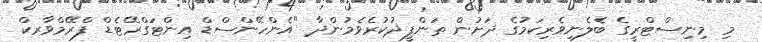
މި މިނިސްޓްރީގެ ބެލެނިވެރިކަމުގެ ދަށުން ތަންފީޛުކުރެވެމުންދާ "އެންހޭންސްޑް އިންޓަގްރޭޓެޑް ފްރޭމްވާރކް